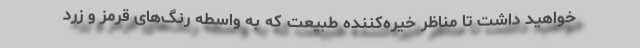
خواهید داشت تا مناظر خیره‌کننده طبیعت که به واسطه رنگ‌های قرمز و زرد